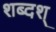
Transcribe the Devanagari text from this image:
शब्दश्